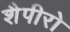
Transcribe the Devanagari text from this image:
शैपीरो